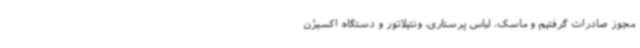
مجوز صادرات گرفتیم و ماسک، لباس پرستاری، ونتیلاتور و دستگاه اکسیژن